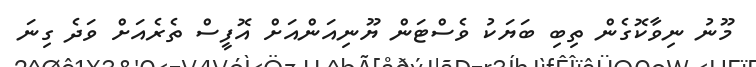
މޫނު ނިވާކޮގެން ތިބި ބަޔަކު ވެސްޓަން ޔޫނިއަންއަށް އޮފީސް ތެރެއަށް ވަދެ ގިނަ